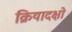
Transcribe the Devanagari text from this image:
क्रियादक्षो